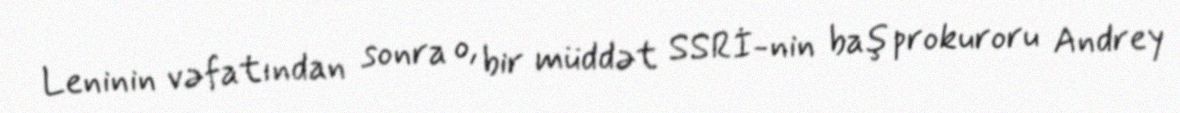
Leninin vəfatından sonra o, bir müddət SSRİ-nin baş prokuroru Andrey